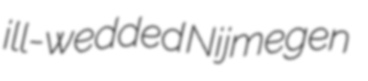
ill-wedded Nijmegen